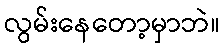
လွမ်းနေတော့မှာဘဲ။